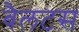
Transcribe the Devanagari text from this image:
बैलटस